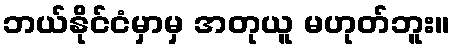
ဘယ်နိုင်ငံမှာမှ အတုယူ မဟုတ်ဘူး။